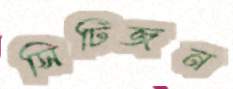
সিটিজন